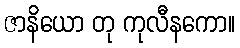
ဇာနိယော တု ကုလီနကော။